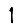
Digit: 1